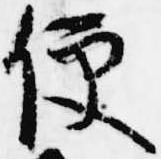
便